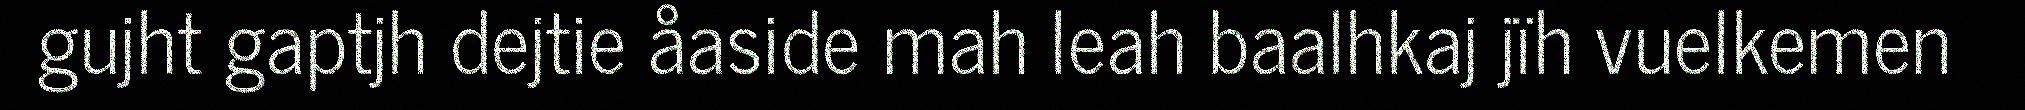
gujht gaptjh dejtie åaside mah leah baalhkaj jïh vuelkemen